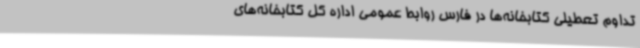
تداوم تعطیلی کتابخانه‌ها در فارس روابط عمومی اداره کل کتابخانه‌های